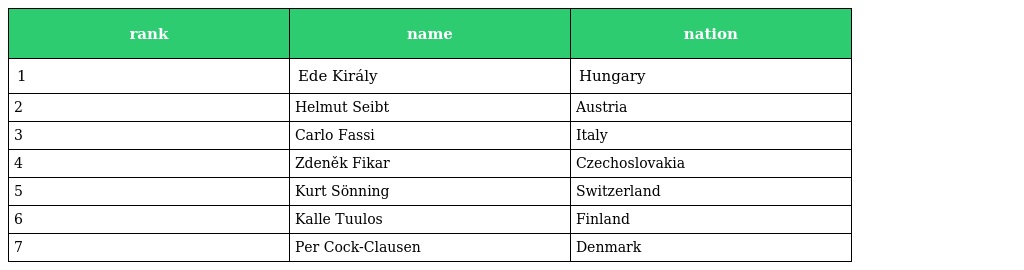
| rank | name | nation |
 | --- | --- | --- |
 | 1 | Ede Király | Hungary |
 | 2 | Helmut Seibt | Austria |
 | 3 | Carlo Fassi | Italy |
 | 4 | Zdeněk Fikar | Czechoslovakia |
 | 5 | Kurt Sönning | Switzerland |
 | 6 | Kalle Tuulos | Finland |
 | 7 | Per Cock-Clausen | Denmark |